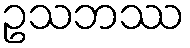
ဥသဘဿ